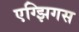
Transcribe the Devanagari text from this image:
एग्झिगस